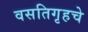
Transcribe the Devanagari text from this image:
वसतिगृहचे